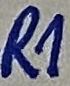
Text: R1